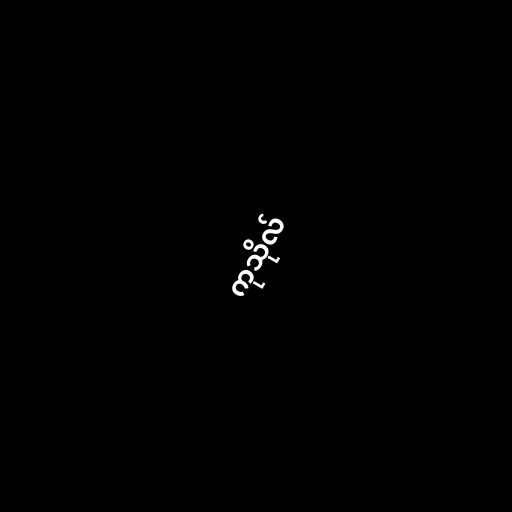
ကုသိုလ်